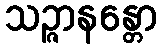
သဉ္ဇာနန္တော